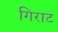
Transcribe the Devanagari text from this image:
गिराट